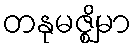
တနုမဇ္ဈိမာ